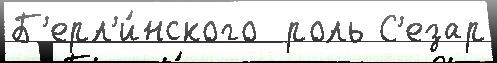
Б'ерл'и́нского  роль С'езар